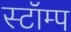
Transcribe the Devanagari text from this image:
स्टॉम्प